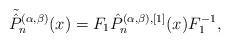
LaTeX: \begin{align*}\tilde {\hat P}_n^{(\alpha,\beta)}(x)=F_1 \hat P_{n}^{(\alpha,\beta),[1]}(x) F_1^{-1},\end{align*}